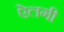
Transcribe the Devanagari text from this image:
ऐलगी